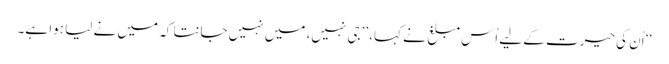
‘‘ اُن کی حیرت کے لیے اُس مبلغ نے کہا، ’’جی نہیں، میں نہیں جانتا کہ میں نے لیا ہوا ہے۔